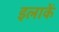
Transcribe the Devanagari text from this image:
इलाकें